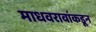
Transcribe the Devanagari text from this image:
माधवरावांकडून